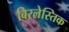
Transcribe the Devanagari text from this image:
बिरलेस्तिक